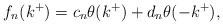
\begin{align*}f_{n}(k^{+})=c_{n}\theta(k^{+})+d_{n}\theta(-k^{+}),\end{align*}